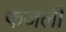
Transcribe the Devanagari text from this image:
फजली